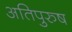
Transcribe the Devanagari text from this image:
अतिपुरुष